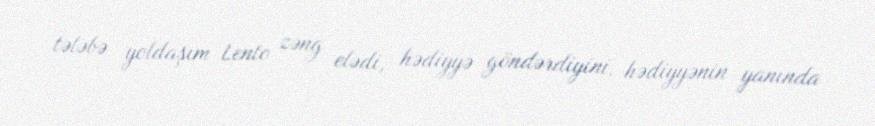
tələbə yoldaşım Lento zəng elədi, hədiyyə göndərdiyini, hədiyyənin yanında